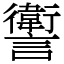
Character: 讆